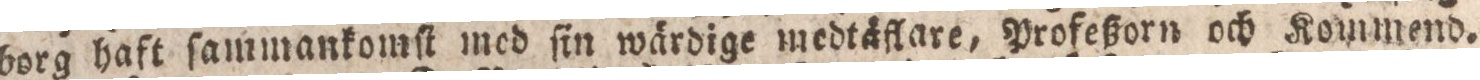
borg haft ſammankomſt med ſin wärdige medtäflare, Profeßorn och Kommend.